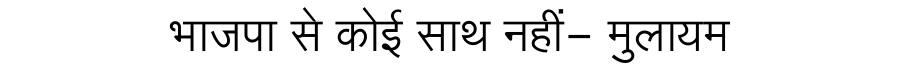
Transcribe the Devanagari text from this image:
भाजपा से कोई साथ नहीं- मुलायम